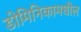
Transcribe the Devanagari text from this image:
डोमिनिकामधील